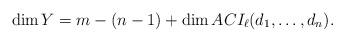
LaTeX: \begin{align*}\dim Y = m -(n-1) + \dim ACI_{\ell } (d_1, \dots,d_n).\end{align*}